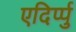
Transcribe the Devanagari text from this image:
एदिर्प्पु